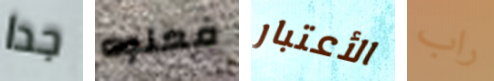
جدا فعلوه الأعتبار راب